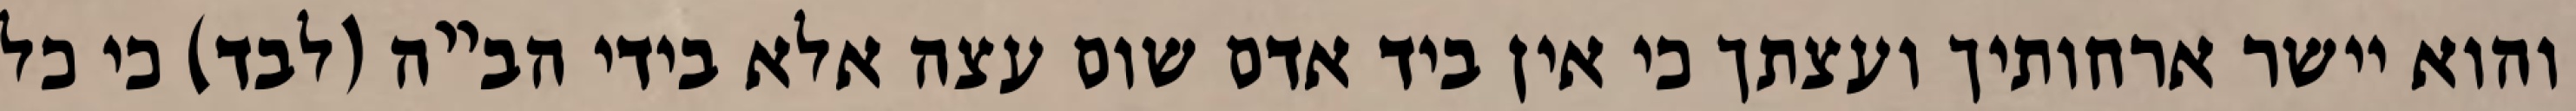
והוא יישר ארחותיך ועצתך כי אין ביד אדם שום עצה אלא בידי הב”ה (לבד) כי כל